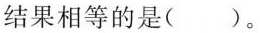
结果相等的是()。